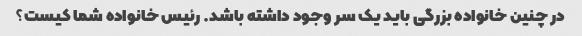
در چنین خانواده بزرگی باید یک سر وجود داشته باشد. رئیس خانواده شما کیست؟